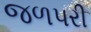
જળપરી